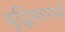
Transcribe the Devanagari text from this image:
बुद्धिसामर्थ्य